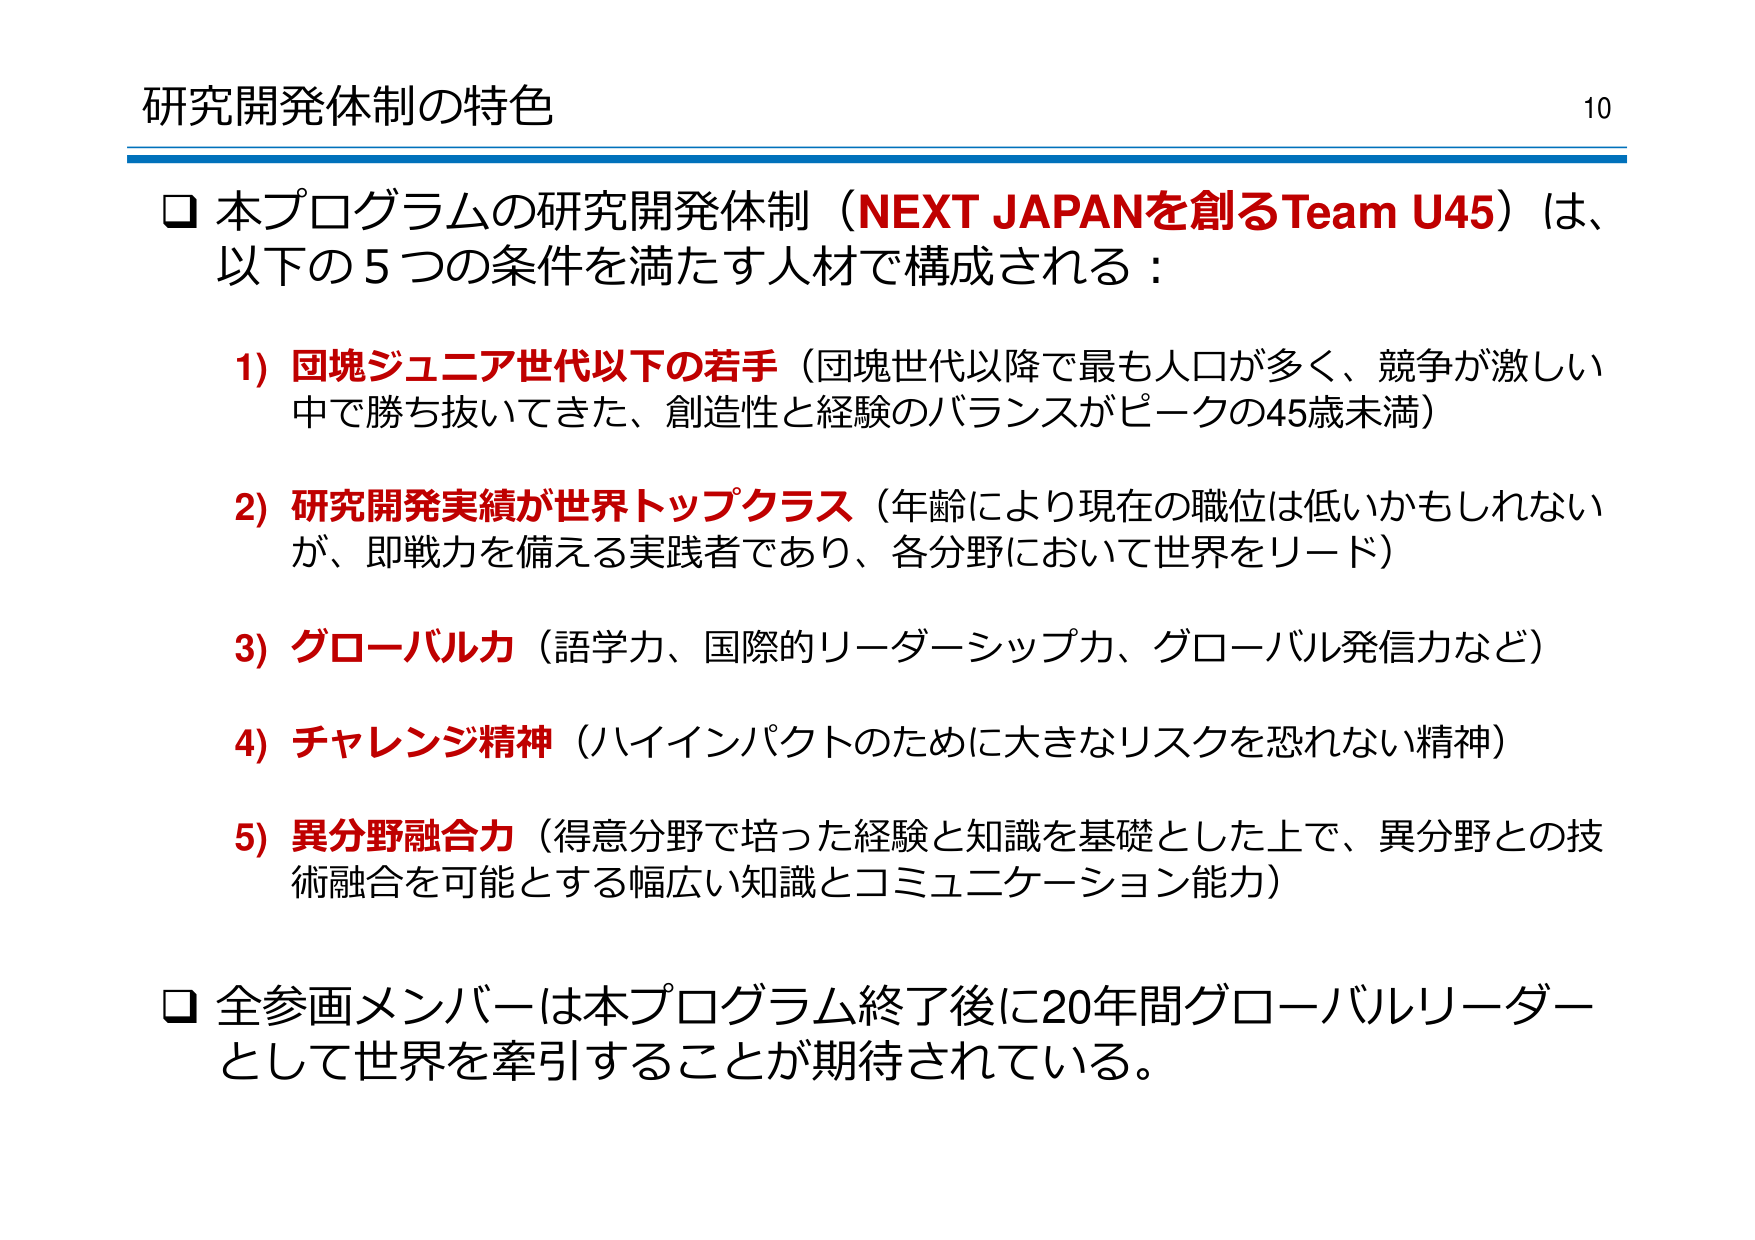
研究開発体制の特色

□ 本プログラムの研究開発体制（NEXT JAPANを創るTeam U45）は、以下の5つの条件を満たす人材で構成される：

1) 団塊ジュニア世代以下の若手（団塊世代以降で最も人口が多く、競争が激しい中で勝ち抜いてきた、創造性と経験のバランスがピークの45歳未満）

2) 研究開発実績が世界トップクラス（年齢により現在の職位は低いかもしれないが、即戦力を備える実践者であり、各分野において世界をリード）

3) グローバル力（語学力、国際的リーダーシップ力、グローバル発信力など）

4) チャレンジ精神（ハイインパクトのために大きなリスクを恐れない精神）

5) 異分野融合力（得意分野で培った経験と知識を基礎とした上で、異分野との技術融合を可能とする幅広い知識とコミュニケーション能力）

□ 全参画メンバーは本プログラム終了後に20年間グローバルリーダーとして世界を牽引することが期待されている。